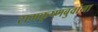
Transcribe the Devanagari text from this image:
रामकृष्णबुवांना